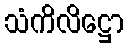
သံကိလိဋ္ဌော